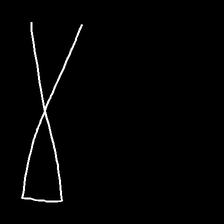
Glyph: collection